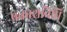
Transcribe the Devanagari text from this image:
प्रकाशविधि